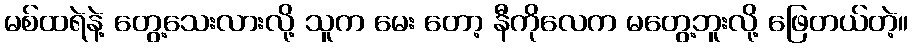
မစ်ထရဲနဲ့ တွေ့သေးလားလို့ သူက မေး တော့ နီကိုလေက မတွေ့ဘူးလို့ ဖြေတယ်တဲ့။